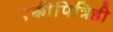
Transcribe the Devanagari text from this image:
एक्कीपित्रिडी